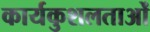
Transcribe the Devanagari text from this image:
कार्यकुशलताओं